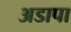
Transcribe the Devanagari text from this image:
अडापा